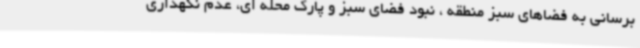
برسانی به فضاهای سبز منطقه ، نبود فضای سبز و پارک محله ای، عدم نگهداری